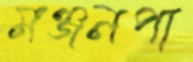
মঞ্জনপা